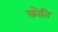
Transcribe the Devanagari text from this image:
कोति